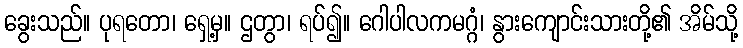
ခွေးသည်။ ပုရတော၊ ရှေ့မှ။ ဌတွာ၊ ရပ်၍။ ဂေါပါလကမဂ္ဂံ၊ နွားကျောင်းသားတို့၏ အိမ်သို့